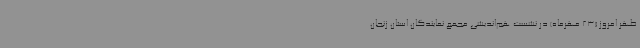
ظهر امروز (23 مهرماه) در نشست هم‌اندیشی مجمع نمایندگان استان زنجان